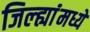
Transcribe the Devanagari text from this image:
जिल्ह्यांंमध्ये